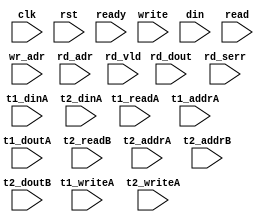
module algo_1r1w_a1_sva_wrap 
#(parameter IP_WIDTH = 32,
parameter IP_BITWIDTH = 5,
parameter IP_NUMADDR = 8192,
parameter IP_BITADDR = 13,
parameter IP_SECCBITS = 4,
parameter IP_SECCDWIDTH = 4,
parameter IP_NUMVBNK = 8,
parameter IP_BITVBNK = 3,
parameter T1_WIDTH = 32,
parameter T1_NUMVBNK = 8,
parameter T1_BITVBNK = 3,
parameter T1_BITWSPF = 0, 
parameter T1_DELAY = 2,
parameter T1_NUMVROW = 1024,
parameter T1_BITVROW = 10,
parameter T2_WIDTH = 0,
parameter T2_NUMVBNK = 0,
parameter T2_BITVBNK = 0,
parameter T2_DELAY = 0,
parameter T2_NUMVROW = 0,
parameter T2_BITVROW = 0,
parameter FLOPIN = 0, parameter FLOPMEM = 0, parameter FLOPOUT = 0)
			(clk, rst, ready,
                          write, wr_adr, din,
                          read, rd_adr, rd_vld, rd_dout, rd_serr,
                          t1_readA, t1_writeA, t1_addrA, t1_dinA, t1_doutA,
                          t2_readB, t2_writeA, t2_addrA, t2_addrB, t2_dinA, t2_doutB);
						  

  parameter WIDTH = IP_WIDTH;
  parameter BITWDTH = IP_BITWIDTH;
  parameter NUMADDR = IP_NUMADDR;
  parameter BITADDR = IP_BITADDR;
  parameter NUMVROW = T1_NUMVROW;
  parameter BITVROW = T1_BITVROW;
  parameter NUMVBNK = T1_NUMVBNK;
  parameter BITVBNK = T1_BITVBNK;
  parameter SRAM_DELAY = T1_DELAY;
  parameter ECCDWIDTH = IP_SECCDWIDTH;
  parameter ECCBITS = IP_SECCBITS;

  parameter SDOUT_WIDTH = 2*(BITVBNK+1)+ECCBITS;

  input                                write;
  input [BITADDR-1:0]                  wr_adr;
  input [WIDTH-1:0]                    din;

  input                                read;
  input [BITADDR-1:0]                  rd_adr;
  input                               rd_vld;
  input 			       rd_serr;
  input [WIDTH-1:0]                   rd_dout;

  input                               ready;
  input                                clk, rst;

  input [NUMVBNK-1:0] t1_readA;
  input [NUMVBNK-1:0] t1_writeA;
  input [NUMVBNK*BITVROW-1:0] t1_addrA;
  input [NUMVBNK*WIDTH-1:0] t1_dinA;
  input [NUMVBNK*WIDTH-1:0] t1_doutA;

  input [2-1:0] t2_writeA;
  input [2*BITVROW-1:0] t2_addrA;
  input [2*(SDOUT_WIDTH+WIDTH)-1:0] t2_dinA;

  input [2-1:0] t2_readB;
  input [2*BITVROW-1:0] t2_addrB;
  input [2*(SDOUT_WIDTH+WIDTH)-1:0] t2_doutB;

endmodule